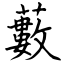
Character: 藪